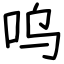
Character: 呜